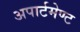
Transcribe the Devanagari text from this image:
अपार्टमेण्ट